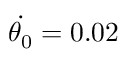
\dot { { \theta } _ { 0 } } = 0 . 0 2